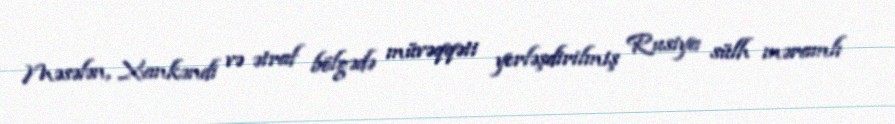
Məsələn, Xankəndi və ətraf bölgədə müvəqqəti yerləşdirilmiş Rusiya sülh məramlı